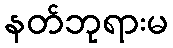
နတ်ဘုရားမ